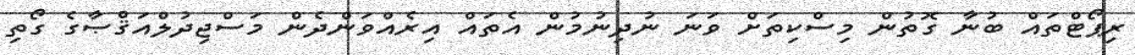
ރިޕޯޓްތައް ބުނާ ގޮތުން މިސްކިތަށް ވަނަ ނުދިނުމުން އެތައް އިރެއްވަންދެން މަސްޖިދުލްއަޤްޞާގެ ގޯތި